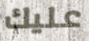
عليك